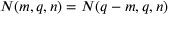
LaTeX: N ( m , q , n ) = N ( q - m , q , n )